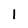
Character: l